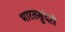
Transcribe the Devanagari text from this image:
भारतसुंदरी